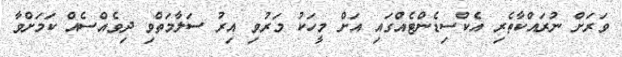
ވަރަށް ނުރައްކާތެރި އެކްސިޑެންޓެއްގައި އަށް މީހަކު މަރުވި އިރު ސަލާމަތްވި ދިވެއްސެއް ކަމަށްވާ